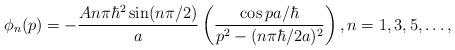
LaTeX: \begin{align*}\phi_{n}(p)=-\frac{An\pi\hbar^{2}\sin(n\pi/2)}{a}\left( \frac{\cos pa/\hbar}{p^{2}-(n\pi\hbar/2a)^{2}}\right) ,n=1,3,5,\ldots,\end{align*}